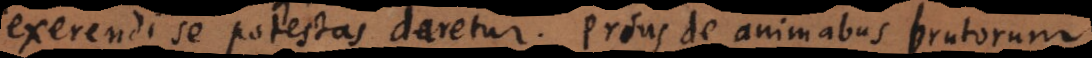
exerendi se potestas daretur. Prius de animabus brutorum